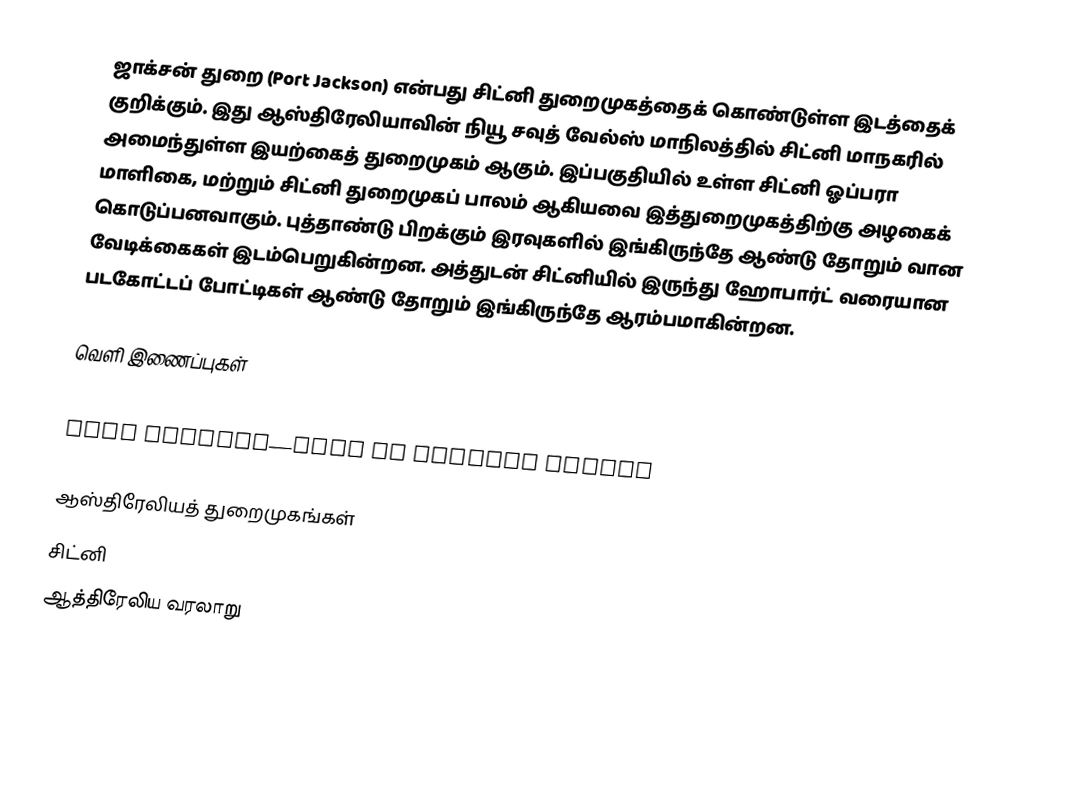
ஜாக்சன் துறை (Port Jackson) என்பது சிட்னி துறைமுகத்தைக் கொண்டுள்ள இடத்தைக் குறிக்கும். இது ஆஸ்திரேலியாவின் நியூ சவுத் வேல்ஸ் மாநிலத்தில் சிட்னி மாநகரில் அமைந்துள்ள இயற்கைத் துறைமுகம் ஆகும். இப்பகுதியில் உள்ள சிட்னி ஓப்பரா மாளிகை, மற்றும் சிட்னி துறைமுகப் பாலம் ஆகியவை இத்துறைமுகத்திற்கு அழகைக் கொடுப்பனவாகும். புத்தாண்டு பிறக்கும் இரவுகளில் இங்கிருந்தே ஆண்டு தோறும் வான வேடிக்கைகள் இடம்பெறுகின்றன. அத்துடன் சிட்னியில் இருந்து ஹோபார்ட் வரையான படகோட்டப் போட்டிகள் ஆண்டு தோறும் இங்கிருந்தே ஆரம்பமாகின்றன.

வெளி இணைப்புகள்
 NSW Maritime Authority
Port Jackson—east of Harbour Bridge

ஆஸ்திரேலியத் துறைமுகங்கள்
சிட்னி
ஆத்திரேலிய வரலாறு